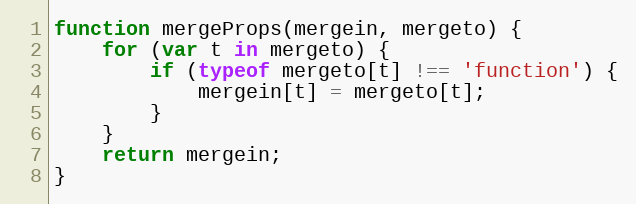
Language: JavaScript
function mergeProps(mergein, mergeto) {
    for (var t in mergeto) {
        if (typeof mergeto[t] !== 'function') {
            mergein[t] = mergeto[t];
        }
    }
    return mergein;
}